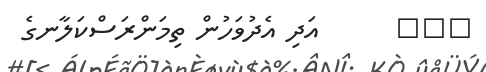
١٠٠      އަދި އެދުވަހުން ތިމަންރަސްކަލާނގެ